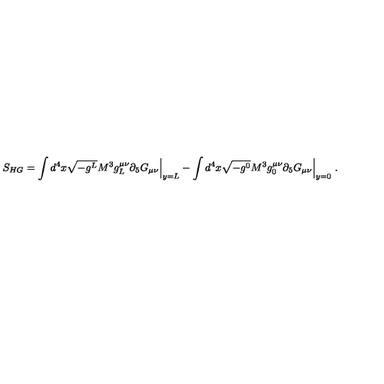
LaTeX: S _ { H G } = \int d ^ { 4 } x \sqrt { - g ^ { L } } M ^ { 3 } g _ { L } ^ { \mu \nu } \partial _ { 5 } G _ { \mu \nu } \Big | _ { y = L } - \int d ^ { 4 } x \sqrt { - g ^ { 0 } } M ^ { 3 } g _ { 0 } ^ { \mu \nu } \partial _ { 5 } G _ { \mu \nu } \Big | _ { y = 0 } \ .